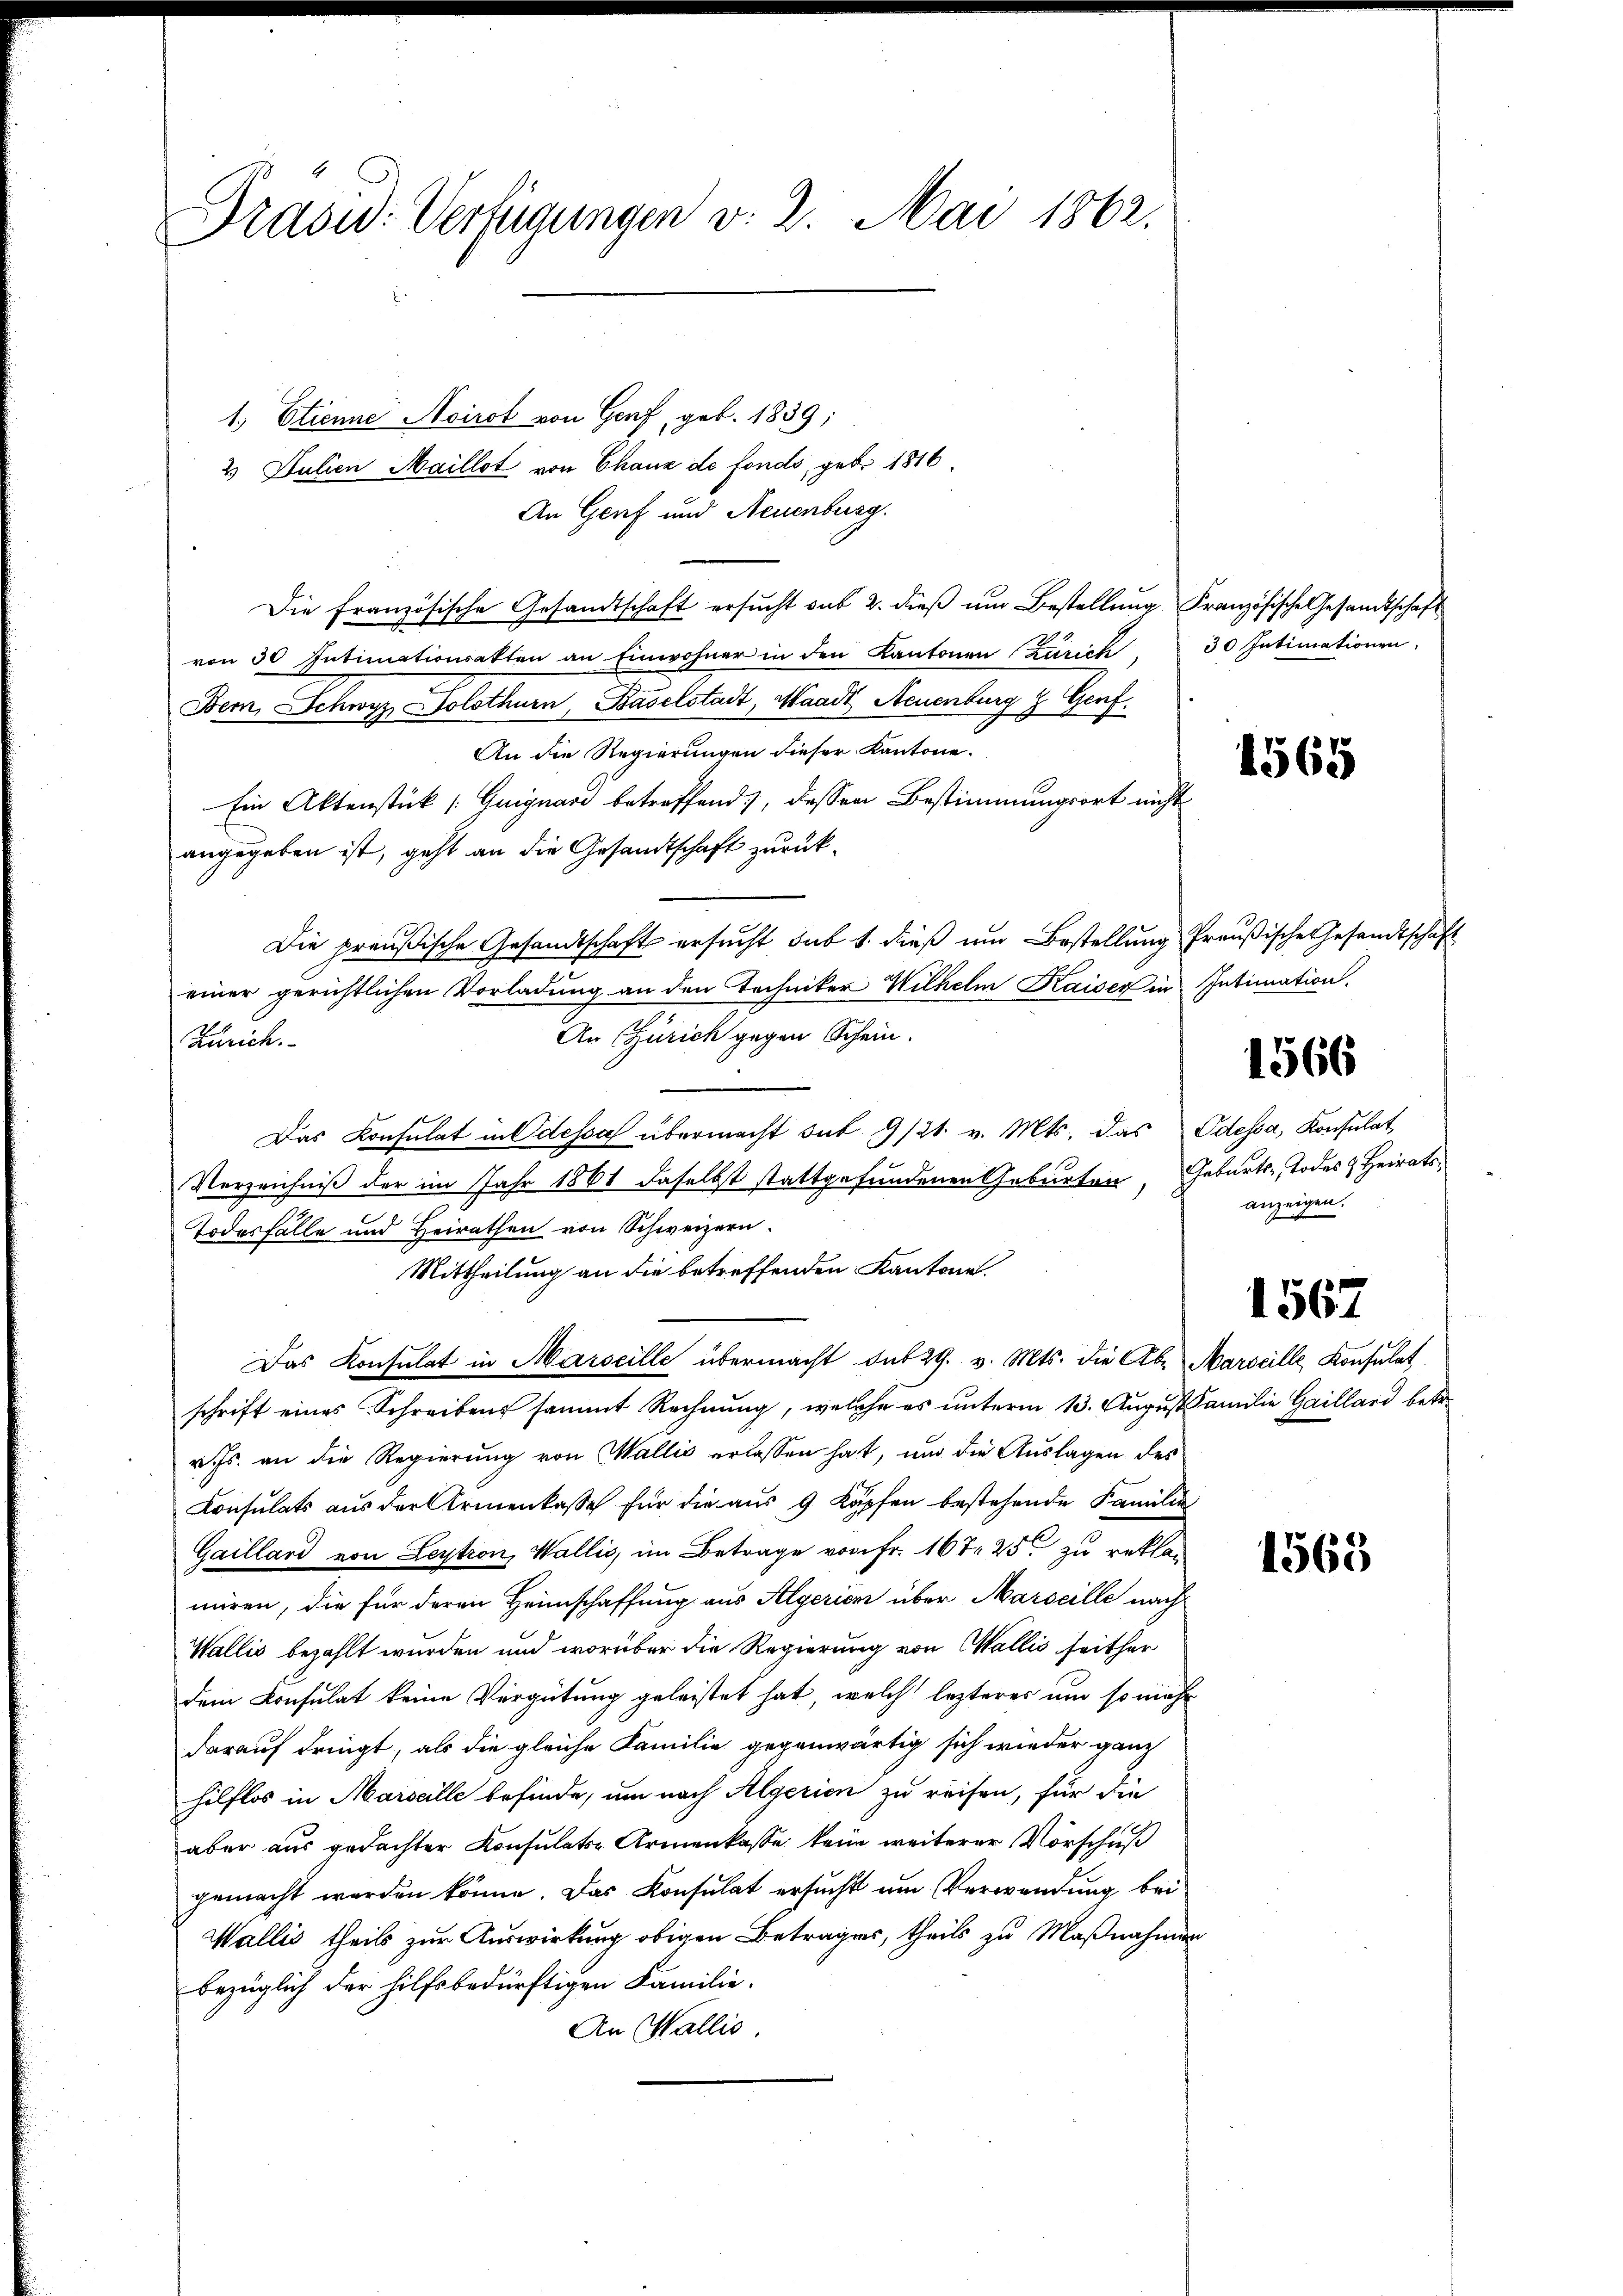
Prašid: Verfügungen v. 2. Mai 1862.

1. Etienne Avirot von Genf, geb. 1839;
2 Julien Maillot von Chaux de fonds, gebr 1816.
An Genf und Neuenburg.
Die französische Gesandtschaft ersŭcht sub 2. dieβ ŭm Bestellung Französische Gesandtschaft
von 30 Intimationsakten an Einwohner in den Kantonen Zürich. " 30 Intimationen.
Bem, Schwyz, Solothurn, Baselstadt, Waadt Neuenburg & Genf.
An die Regierungen dieser Kantone.
Ein Aktenstück (Guiguard betreffend, dessen Bestimmungsort nicht
angegeben ist, geht an die Gesandtschaft zurück¬
Die preußische Gesandtschafts ersucht sub 1. dieß um Bestellung freußische Gesandtschaft
.
einer gerichtlichen Vorladung an den Techniker Wilhelm Kaiser in Intimation.
An (Zürich gegen Schein.
Zürich.
Das Konsulat in Odessa übermacht sub 9/21. v. Mts. das Odessa, Konsulat
Verzeichniß der im Jahr 1861 daselbst stattgefundenen Geburten, Geburts- Todes & Heirats-
Todesfalle und Heirathen von Schweizern.
Mittheilung an die betreffenden Kantone.
Das Konsulat in Marseille übermacht der 29. v. Mts. die Abr Marseille Konsulat
schrift eines Schreibens sammt Rechnung, welche es unterm 13. August Familie Gaillard betr.
v. Js. an die Regierung von Wallis erlassen hat, und die Auslagen des
Consulats aus der Armenkasse für die aus 9 Köpfen bestehende Familie
Gaillard von Leytron, Wallis, im Betrage von Fr. 167. 25 zu reklamiren, die für deren Heimschaffung aus Algerien über Marseille nach
Wallis bezahlt wurden und worüber die Regierung von Wallis seither
dem Konsulat keine Vergütung geleistet hat, welch lezteres um so mehr
darauf dringt, als die gleiche Familie gegenwärtig sich wieder ganz
hilflos in Marseille befinde, um nach Algerien zu reifen, für die
aber aus gedachter Konsulats-Armenkasse kein weiterer Vorschuß
gemacht worden könne. Das Konsulat ersucht um Verwendung bei
Wallis theils zur Auswirkung obigen Betrages, theils zu Maßnahmen
bezüglich der hilfsbedürftigen Familie.
An Wallis.

1565

1566

anzeigen.

1567

1568